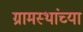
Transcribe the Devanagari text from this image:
ग्रामस्‍थांच्‍या